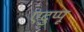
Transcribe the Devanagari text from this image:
एदुप्पू